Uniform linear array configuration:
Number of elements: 64
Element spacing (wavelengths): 0.25
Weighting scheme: hamming
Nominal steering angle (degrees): -30
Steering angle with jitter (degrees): -28.339
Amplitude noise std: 0.05
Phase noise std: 0.05

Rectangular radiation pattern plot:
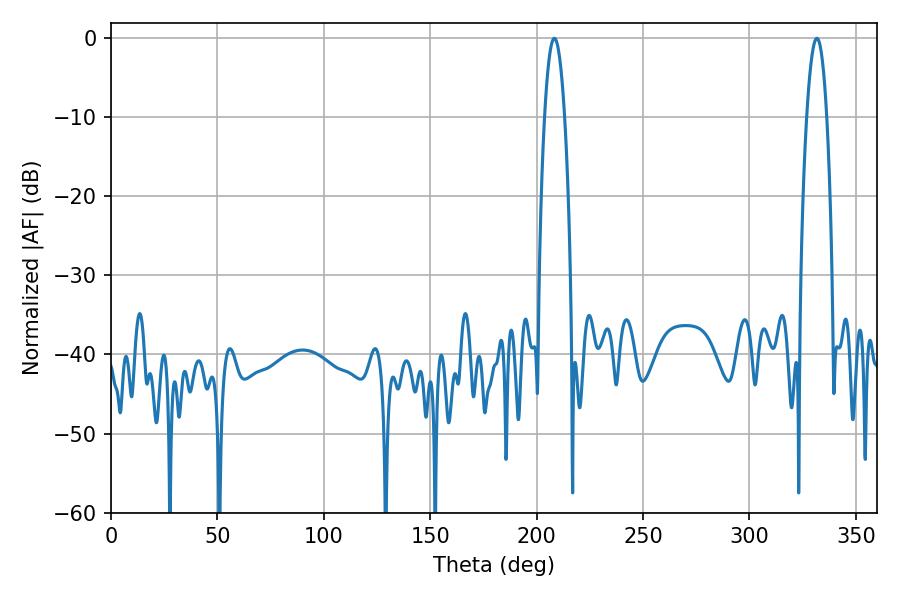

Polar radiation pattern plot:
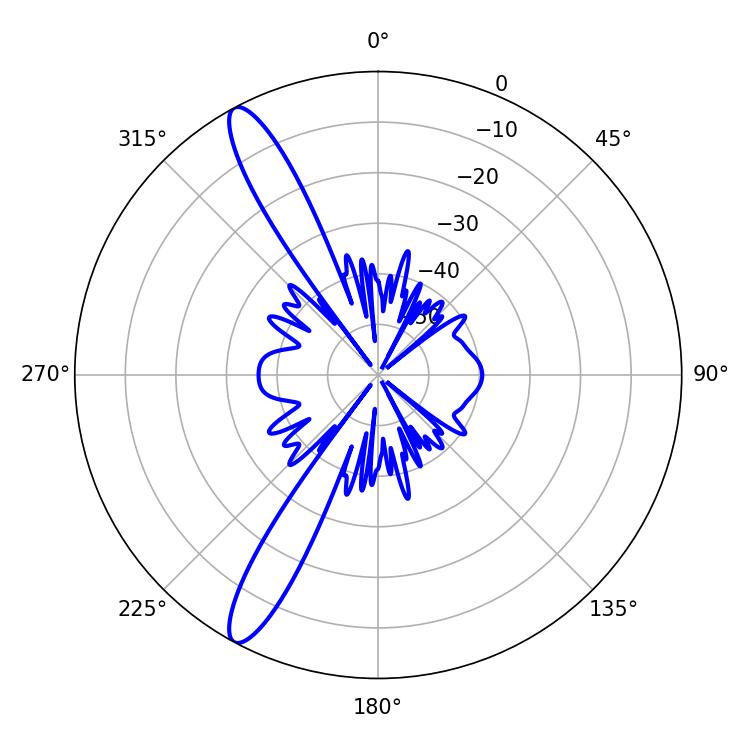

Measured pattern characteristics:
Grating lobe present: FALSE
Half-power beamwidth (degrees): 5.22
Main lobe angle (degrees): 208.26